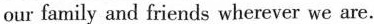
our family and friends wherever we are.